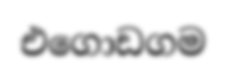
එගොඩගම